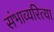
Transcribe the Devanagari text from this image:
संभाव्यरित्या